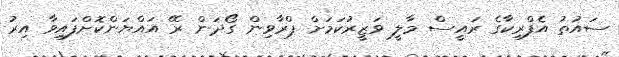
ސައުތު އެފްރިކާގެ ރައީސް މާލީ ވަޒީރުކަމަށް ޕްރާވިން ގޯދަން ރޭ އައްޔަންކޮށްފައިވާ އިރު